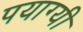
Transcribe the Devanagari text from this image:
पयाग्यी